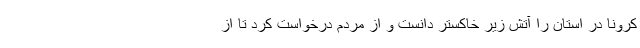
کرونا در استان را آتش زیر خاکستر دانست و از مردم درخواست کرد تا از